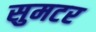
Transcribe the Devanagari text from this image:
सुमटर